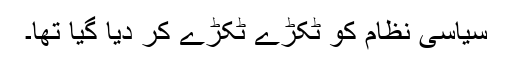
سیاسی نظام کو ٹکڑے ٹکڑے کر دیا گیا تھا۔